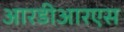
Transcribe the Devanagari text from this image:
आरडीआरएस